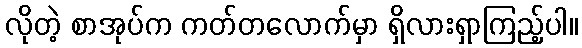
လိုတဲ့ စာအုပ်က ကတ်တလောက်မှာ ရှိလားရှာကြည့်ပါ။